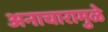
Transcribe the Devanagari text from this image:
अनाचारामुळे